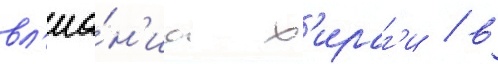
вл'иа́н'иа х'ираг'и / в